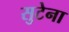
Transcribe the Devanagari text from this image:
सुटेना